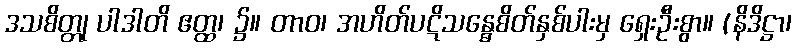
ဒသစိတ္တု ပါဒါတိ ဧတ္ထ၊ ၌။ တာဝ၊ အဟိတ်ပဋိသန္ဓေစိတ်နှစ်ပါးမှ ရှေးဦးစွာ။ (နိဒိဋ္ဌာ၊